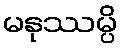
မနုဿမ္ပိ